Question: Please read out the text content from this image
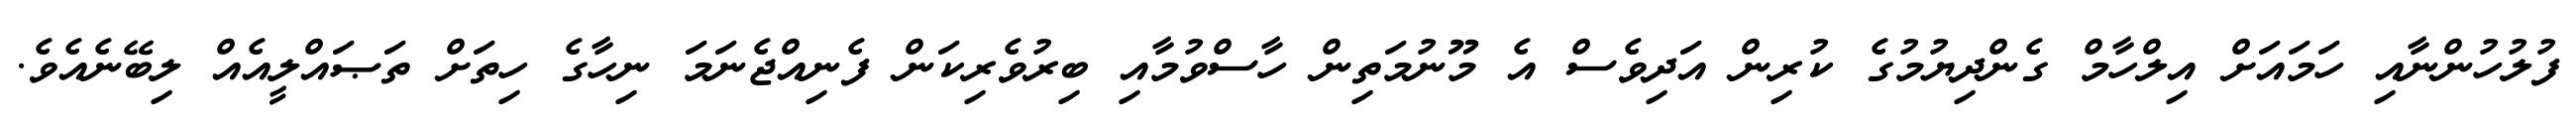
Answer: ފުލުހުންނާއި ހަމައަށް އިލްހާމް ގެންދިޔުމުގެ ކުރިން އަދިވެސް އެ މޫނުމަތިން ހާސްވުމާއި ބިރުވެރިކަން ފެނިއްޖެނަމަ ނިހާގެ ހިތަށް ތަޞައްލީއެއް ލިބޭނެއެވެ.